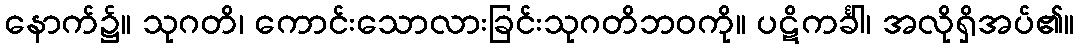
နောက်၌။ သုဂတိ၊ ကောင်းသောလားခြင်းသုဂတိဘဝကို။ ပဋိကင်္ခါ၊ အလိုရှိအပ်၏။